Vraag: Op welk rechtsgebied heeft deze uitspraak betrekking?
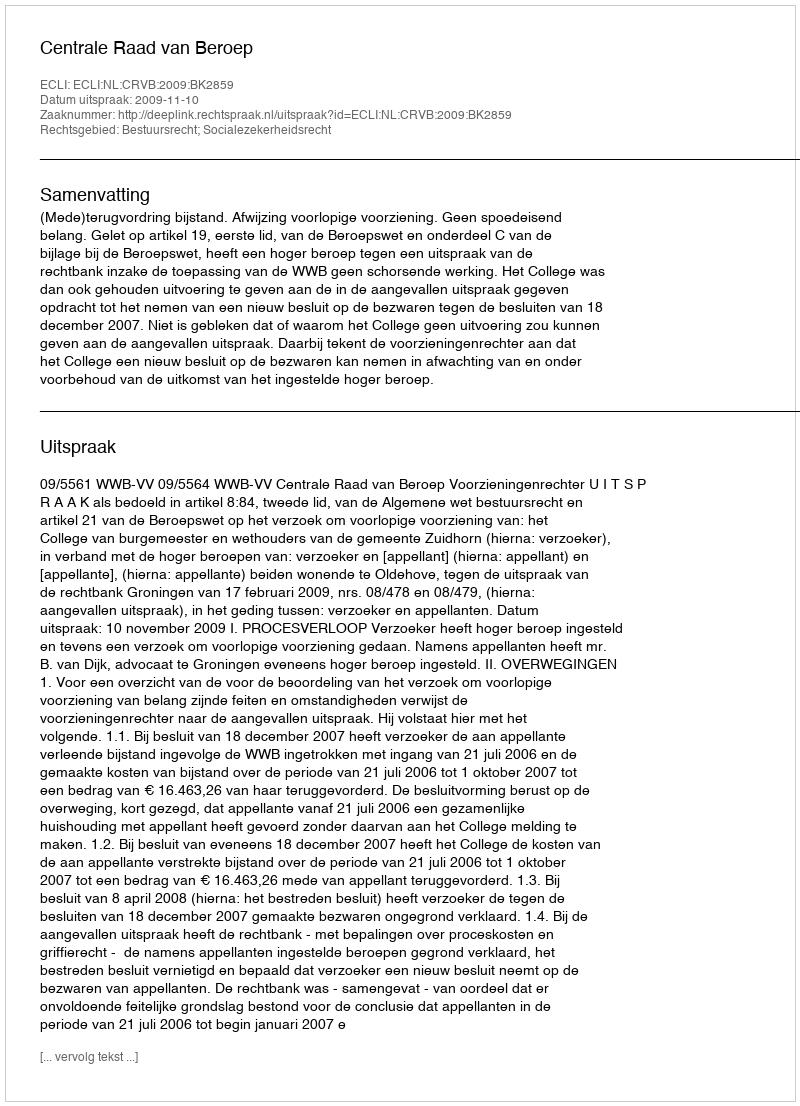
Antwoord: Bestuursrecht; Socialezekerheidsrecht